Civil Veterinary Department Bengal reports 1923-33 - 1923-1933
Year: 1923
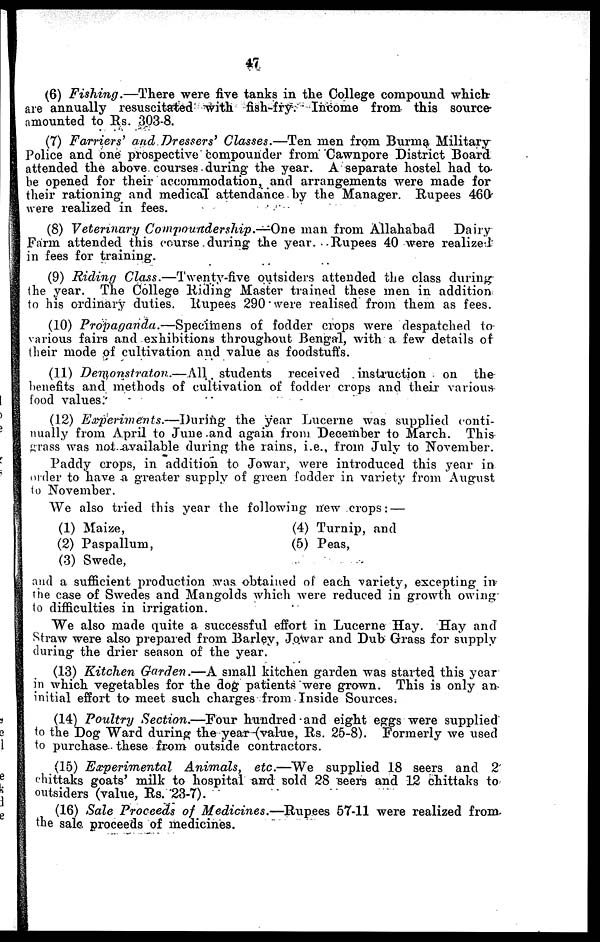
47
(6) Fishing.—There
were five tanks in the College compound which
are annually resuscitated with fish-fry. Income from this source
amounted to Rs. 303-8.
(7) Farriers' and Dressers' Classes.—Ten men from Burma Military
Police and one prospective compounder from Cawnpore District Board
attended the above courses during the year. A separate hostel had to
be opened for their accommodation, and arrangements were made for
their rationing and medical attendance by the Manager. Rupees 460
were realized in fees.
(8) Veterinary Compoundership.—One man from Allahabad
Dairy
Farm attended this course during the year. Rupees 40 were realized
in fees for training.
(9) Riding Class.—Twenty-five
outsiders attended the class during
the year. The College Riding Master trained these men in addition
to his ordinary duties. Rupees 290 were realised from them as fees.
(10) Propaganda.—Specimens
of fodder crops were despatched to
various fairs and exhibitions throughout Bengal, with a few details of
their mode of cultivation and value as foodstuffs.
(11) Demonstraton.—All
students received instruction on the
benefits and methods of cultivation of fodder crops and their various
food values.
(12) Experiments.—During
the year Lucerne was supplied conti-
nually from April to June and again from December to March. This
grass was not-available during the rains, i.e., from July to November.
Paddy crops, in addition to Jowar, were introduced this year in
older to have a greater supply of green fodder in variety from August
to November.
We also tried this year the following new crops: —
(1) Maize,
(2) Paspallum,
(3) Swede,
(4) Turnip, and
(5) Peas,
and a sufficient production was obtained of each variety, excepting in
the case of Swedes and Mangolds which were reduced in growth owing
to difficulties in irrigation.
We also made quite a successful effort in Lucerne Hay. Hay and
Straw were also prepared from Barley, Jowar and Dub Grass for supply
during the drier season of the year.
(13) Kitchen Garden.—A small kitchen garden was started this year
in which vegetables for the dog patients were grown. This is only an
initial effort to meet such charges from Inside Sources.
(14) Poultry Section.—Four
hundred and eight eggs were supplied
to the Dog Ward during the year (value, Rs. 25-8). Formerly we used
to purchase these from outside contractors.
(15) Experimental
Animals,
etc.—We
supplied 18 seers and 2
chittaks goats' milk to hospital and sold 28 seers and 12 chittaks to
outsiders (value, Rs. 23-7).
(16) Sale Proceeds of Medicines.—Rupees
57-11 were realized from
the sale proceeds of medicines.